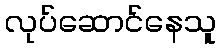
လုပ်ဆောင်နေသူ